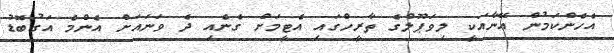
އެހެންކަމުން އޭނާއަކީ ލިވަޕޫލްގެ ތާރީހްގައި އެޓީމަށް ގެނެއި ދެ ވަނައަށް އެންމެ އަގުބޮޑު